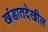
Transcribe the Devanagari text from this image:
खंडातदेखील